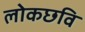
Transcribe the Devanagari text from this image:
लोकछवि